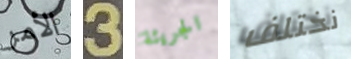
الأمر 3 الجريئة نختلف